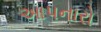
આપનારો